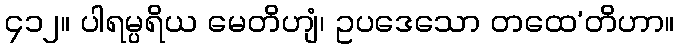
၄၁၂။ ပါရမ္ပရိယ မေတိဟျံ၊ ဥပဒေသော တထေ’တိဟာ။